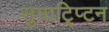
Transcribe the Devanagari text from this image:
सुमाट्रिप्टन